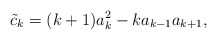
\begin{align*} \tilde c_k = (k+1)a_k^2 - k a_{k-1}a_{k+1}, \end{align*}